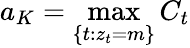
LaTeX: a_{K}=\underset{\{ t:z_{t}=m\} }{\operatorname*{max}}C_{t}